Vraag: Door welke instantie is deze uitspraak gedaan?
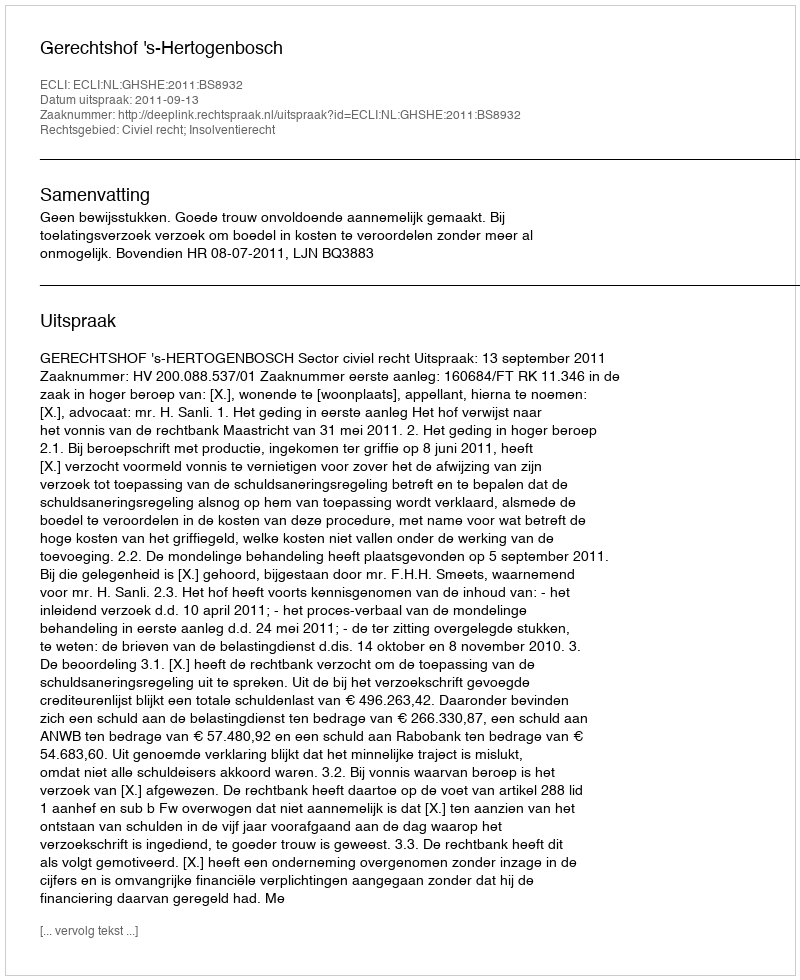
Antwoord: Gerechtshof 's-Hertogenbosch